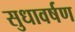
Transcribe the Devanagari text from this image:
सुधावर्षण